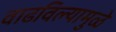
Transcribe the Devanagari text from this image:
वाढविल्यामुळे